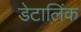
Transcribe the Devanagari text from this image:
डेटालिंक